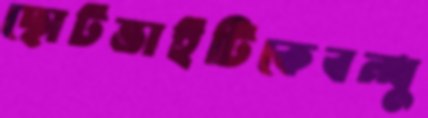
ছোটভাইটিকেবন্ধু